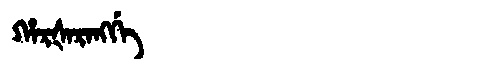
Manchu: ᡥᠠᡵᡧᠠᡵᠠᠩᡤᡝ
Romanization: HARŠARANGGE